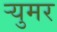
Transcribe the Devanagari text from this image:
र्‍युमर